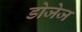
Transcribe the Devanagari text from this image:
डोजेज